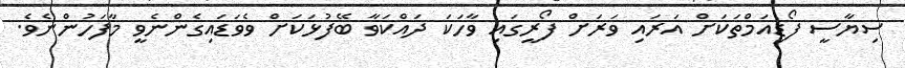
ސިޔާސީ ފޯޑިއަމްތަކަށް އަރައި ވަރަށް ފޯރީގައި ވާހަކަ ދައްކަވާ ބޭފުޅަކަށް ވެވަޑައިގެންނެވީ މާފަހުންނެވެ.